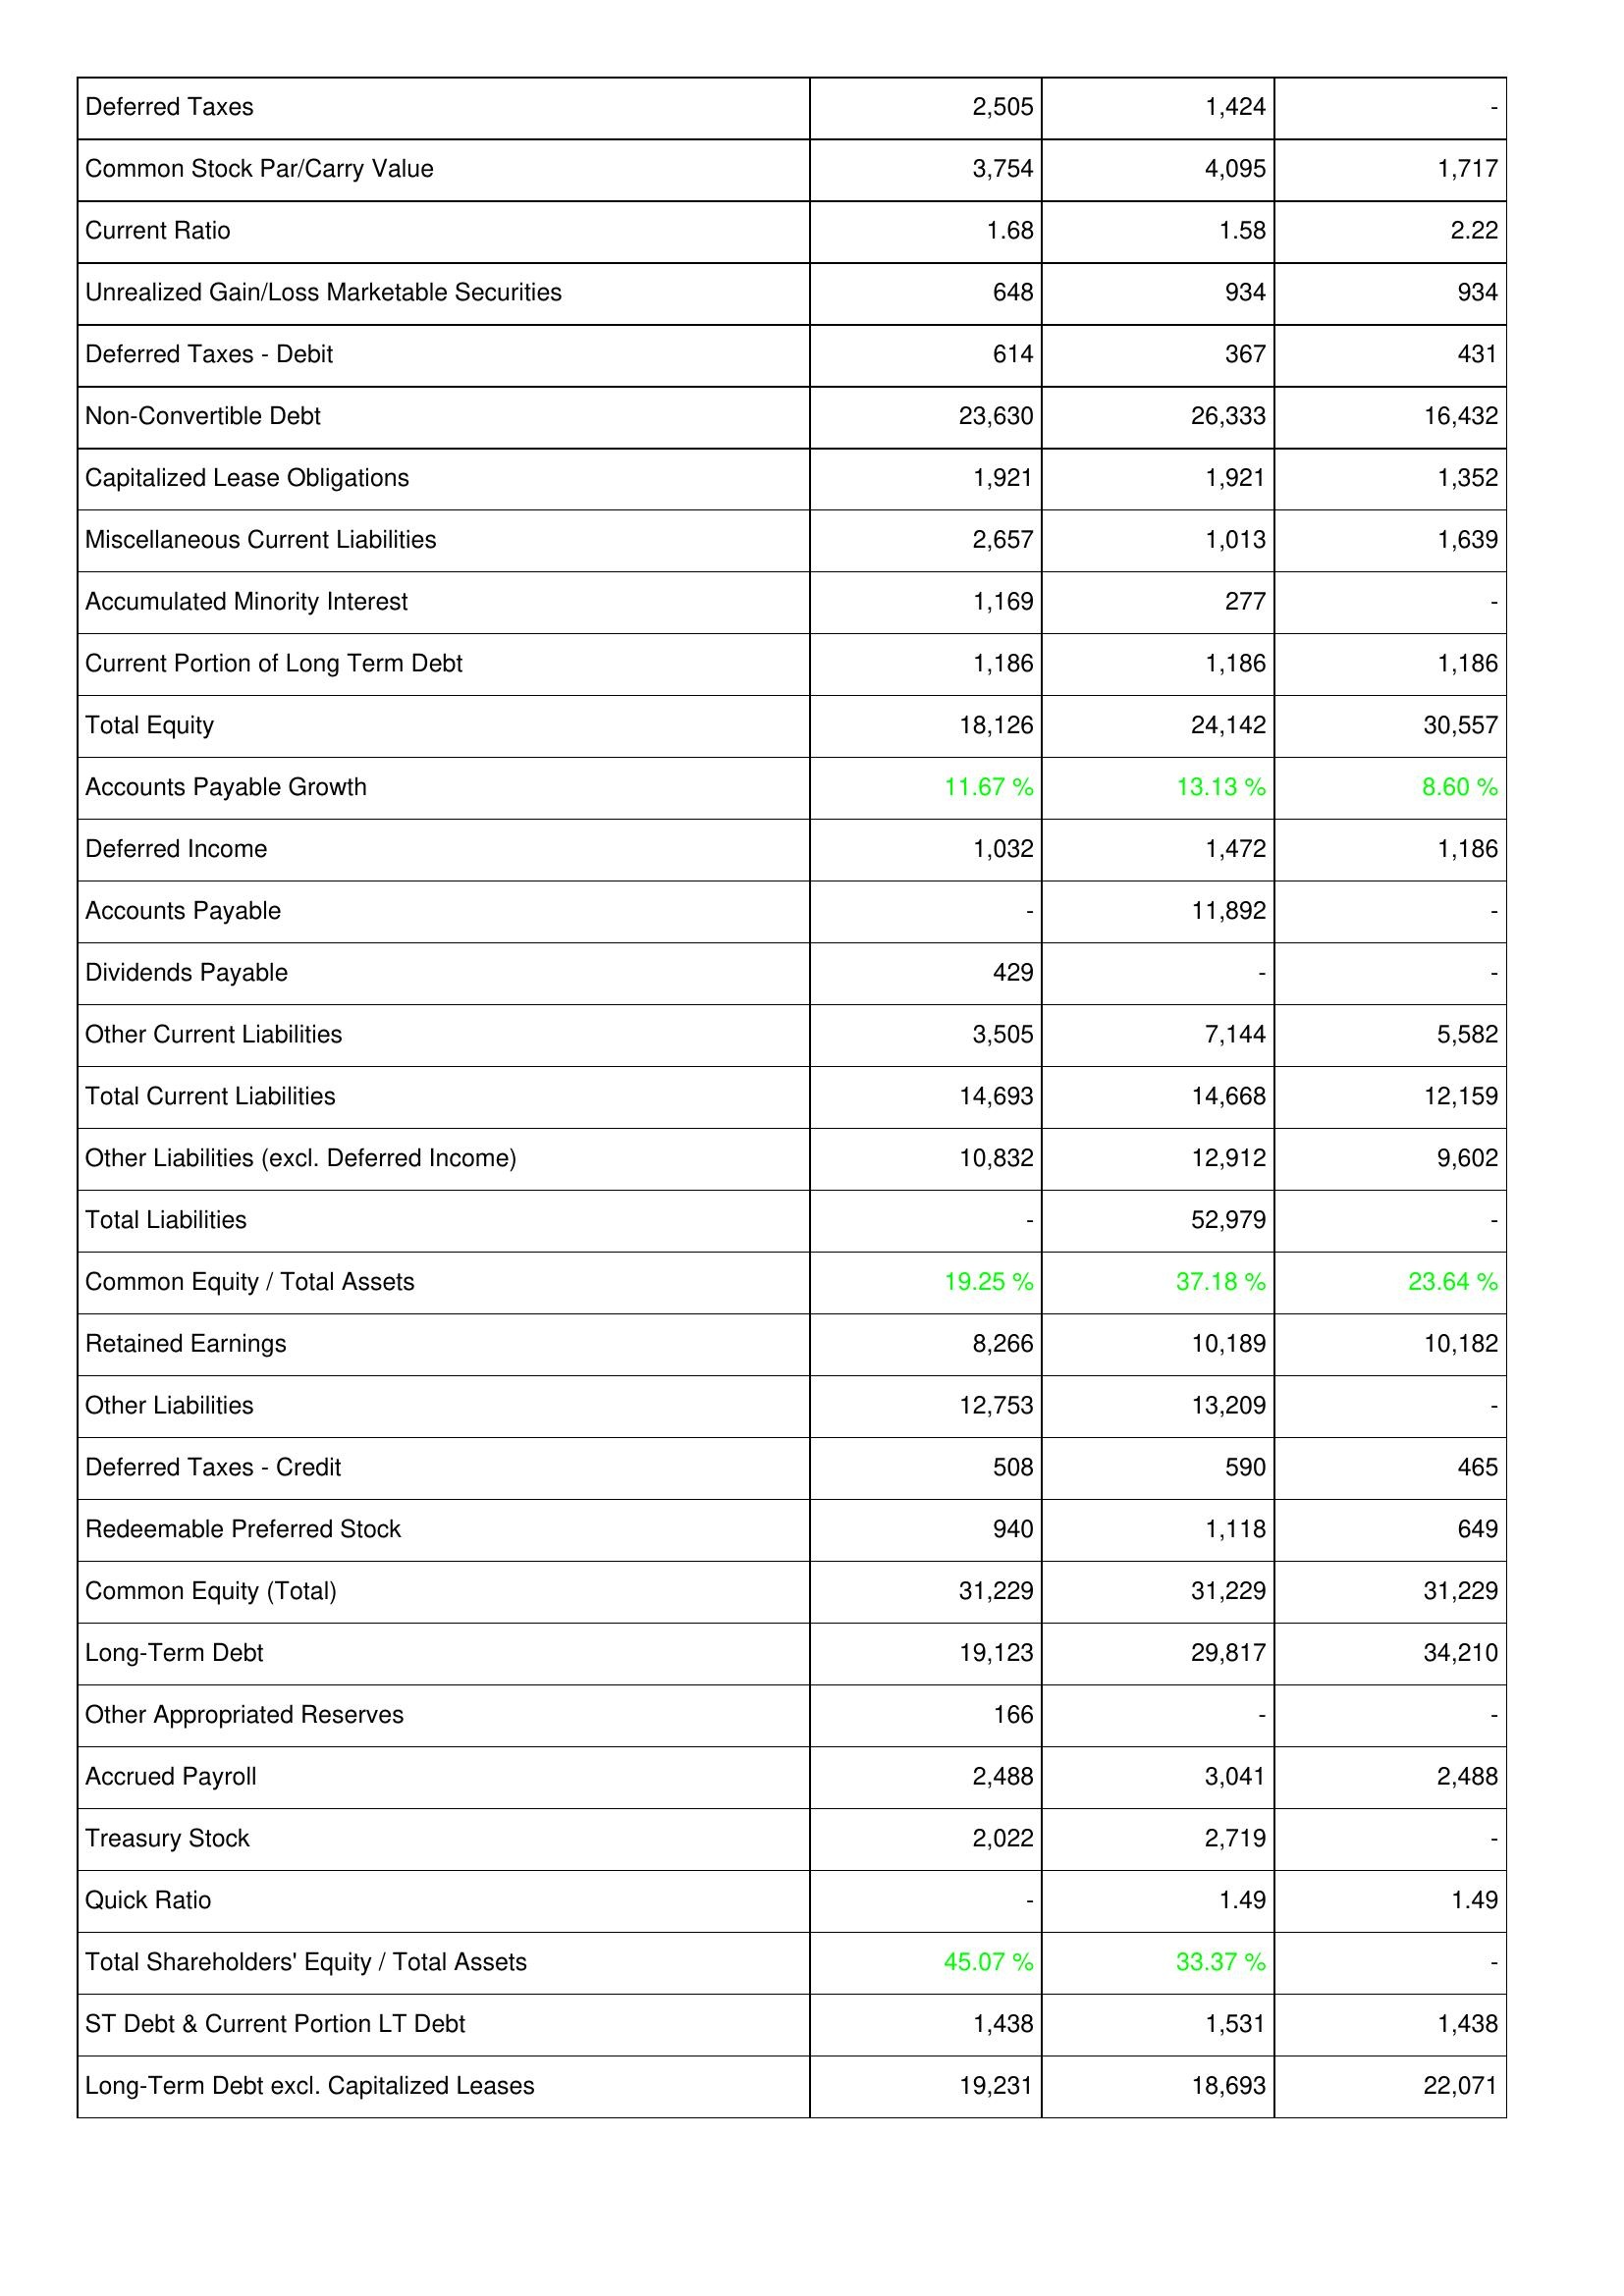
2012: Liabilities & Shareholders' Equity: Deferred Taxes: 2,505
Common Stock Par/Carry Value: 3,754
Current Ratio: 1.68
Unrealized Gain/Loss Marketable Securities: 648
Deferred Taxes - Debit: 614
Non-Convertible Debt: 23,630
Capitalized Lease Obligations: 1,921
Miscellaneous Current Liabilities: 2,657
Accumulated Minority Interest: 1,169
Current Portion of Long Term Debt: 1,186
Total Equity: 18,126
Accounts Payable Growth: 11.67 %
Deferred Income: 1,032
Accounts Payable: -
Dividends Payable: 429
Other Current Liabilities: 3,505
Total Current Liabilities: 14,693
Other Liabilities (excl. Deferred Income): 10,832
Total Liabilities: -
Common Equity / Total Assets: 19.25 %
Retained Earnings: 8,266
Other Liabilities: 12,753
Deferred Taxes - Credit: 508
Redeemable Preferred Stock: 940
Common Equity (Total): 31,229
Long-Term Debt: 19,123
Other Appropriated Reserves: 166
Accrued Payroll: 2,488
Treasury Stock: 2,022
Quick Ratio: -
Total Shareholders' Equity / Total Assets: 45.07 %
ST Debt & Current Portion LT Debt: 1,438
Long-Term Debt excl. Capitalized Leases: 19,231
2013: Liabilities & Shareholders' Equity: Deferred Taxes: 1,424
Common Stock Par/Carry Value: 4,095
Current Ratio: 1.58
Unrealized Gain/Loss Marketable Securities: 934
Deferred Taxes - Debit: 367
Non-Convertible Debt: 26,333
Capitalized Lease Obligations: 1,921
Miscellaneous Current Liabilities: 1,013
Accumulated Minority Interest: 277
Current Portion of Long Term Debt: 1,186
Total Equity: 24,142
Accounts Payable Growth: 13.13 %
Deferred Income: 1,472
Accounts Payable: 11,892
Dividends Payable: -
Other Current Liabilities: 7,144
Total Current Liabilities: 14,668
Other Liabilities (excl. Deferred Income): 12,912
Total Liabilities: 52,979
Common Equity / Total Assets: 37.18 %
Retained Earnings: 10,189
Other Liabilities: 13,209
Deferred Taxes - Credit: 590
Redeemable Preferred Stock: 1,118
Common Equity (Total): 31,229
Long-Term Debt: 29,817
Other Appropriated Reserves: -
Accrued Payroll: 3,041
Treasury Stock: 2,719
Quick Ratio: 1.49
Total Shareholders' Equity / Total Assets: 33.37 %
ST Debt & Current Portion LT Debt: 1,531
Long-Term Debt excl. Capitalized Leases: 18,693
2014: Liabilities & Shareholders' Equity: Deferred Taxes: -
Common Stock Par/Carry Value: 1,717
Current Ratio: 2.22
Unrealized Gain/Loss Marketable Securities: 934
Deferred Taxes - Debit: 431
Non-Convertible Debt: 16,432
Capitalized Lease Obligations: 1,352
Miscellaneous Current Liabilities: 1,639
Accumulated Minority Interest: -
Current Portion of Long Term Debt: 1,186
Total Equity: 30,557
Accounts Payable Growth: 8.60 %
Deferred Income: 1,186
Accounts Payable: -
Dividends Payable: -
Other Current Liabilities: 5,582
Total Current Liabilities: 12,159
Other Liabilities (excl. Deferred Income): 9,602
Total Liabilities: -
Common Equity / Total Assets: 23.64 %
Retained Earnings: 10,182
Other Liabilities: -
Deferred Taxes - Credit: 465
Redeemable Preferred Stock: 649
Common Equity (Total): 31,229
Long-Term Debt: 34,210
Other Appropriated Reserves: -
Accrued Payroll: 2,488
Treasury Stock: -
Quick Ratio: 1.49
Total Shareholders' Equity / Total Assets: -
ST Debt & Current Portion LT Debt: 1,438
Long-Term Debt excl. Capitalized Leases: 22,071